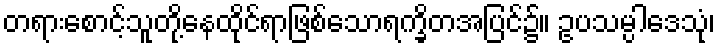
တရားစောင့်သူတို့နေထိုင်ရာဖြစ်သောရက္ခိတအပြင်၌။ ဥပသမ္ပါဒေသုံ၊